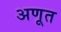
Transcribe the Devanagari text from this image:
अणूत